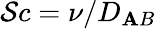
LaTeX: \mathcal{S}c=\nu/D_{\mathbf{A}B}